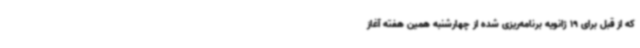
که از قبل برای 19 ژانویه برنامه‌ریزی شده از چهارشنبه همین هفته آغاز